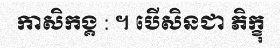
កាសិកង្គ : ។ បើសិនជា ភិក្ខុ